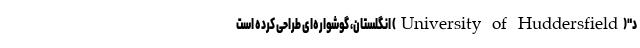
د"(University of Huddersfield) انگلستان، گوشواره‌ای طراحی کرده‌ است